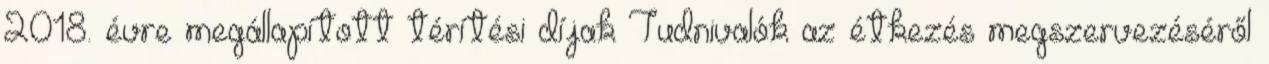
2018. évre megállapított térítési díjak Tudnivalók az étkezés megszervezéséről